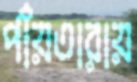
পাঁয়তারায়